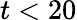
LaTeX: t<20